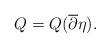
LaTeX: \begin{align*} Q = Q(\overline{\partial} \eta). \end{align*}